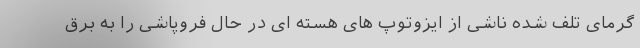
گرمای تلف شده ناشی از ایزوتوپ های هسته ای در حال فروپاشی را به برق